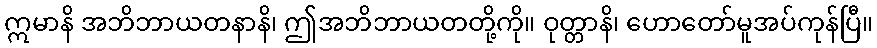
ဣမာနိ အဘိဘာယတနာနိ၊ ဤအဘိဘာယတတို့ကို။ ဝုတ္တာနိ၊ ဟောတော်မူအပ်ကုန်ပြီ။